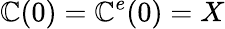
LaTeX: \mathbb{C}(0)=\mathbb{C}^{e}{(0)=X}